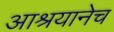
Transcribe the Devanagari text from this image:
आश्रयानेच